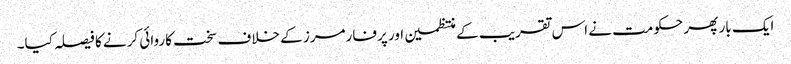
ایک بار پھر حکومت نے اس تقریب کے منتظمین اور پرفارمرز کے خلاف سخت کاروائی کرنے کا فیصلہ کیا۔